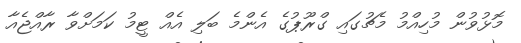
މޮޅުވުން މުހިއްމު މެޗުގައި ގްރޫޕުގެ އެންމެ ބަލި އެއް ޓީމު ކަމަށްވާ ރާއްޖެއާ